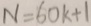
N = 6 0 K + 1